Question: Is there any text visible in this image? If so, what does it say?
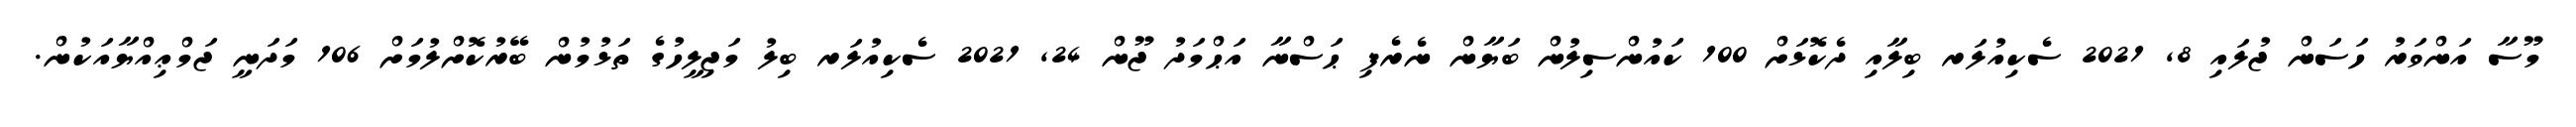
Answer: މޫސާ އަންވަރު ހަސަން ޖުލައި 8, 2021 ސެކިއުލަރ ބިލާއި ދެކޮޅަށް 100 ކައުންސިލުން ބަޔާން ނެރެފި ޙަސްނާ އަޙްމަދު ޖޫން 24, 2021 ސެކިއުލަރ ބިލު މަޖިލީހުގެ ތަޅުމުން ބޭރުކޮށްލުމަށް 106 މަދަނީ ޖަމްޢިއްޔާއަކުން.